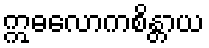
ဣဓလောကစိန္တာယ